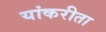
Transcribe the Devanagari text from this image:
यांकरीता